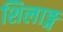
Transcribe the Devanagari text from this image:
शिलाङ्ग